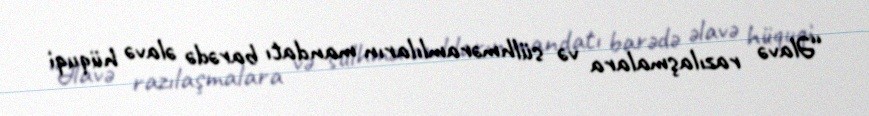
“Əlavə razılaşmalara və sülhməramlıların mandatı barədə əlavə hüquqi